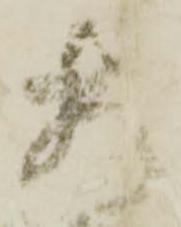
相